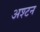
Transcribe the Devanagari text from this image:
अश्टन